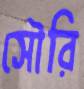
সৌরি